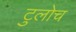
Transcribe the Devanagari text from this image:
टुलोच